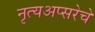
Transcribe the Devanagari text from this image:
नृत्यअप्सरेचे